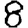
Digit: 8